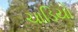
ચાડિયો